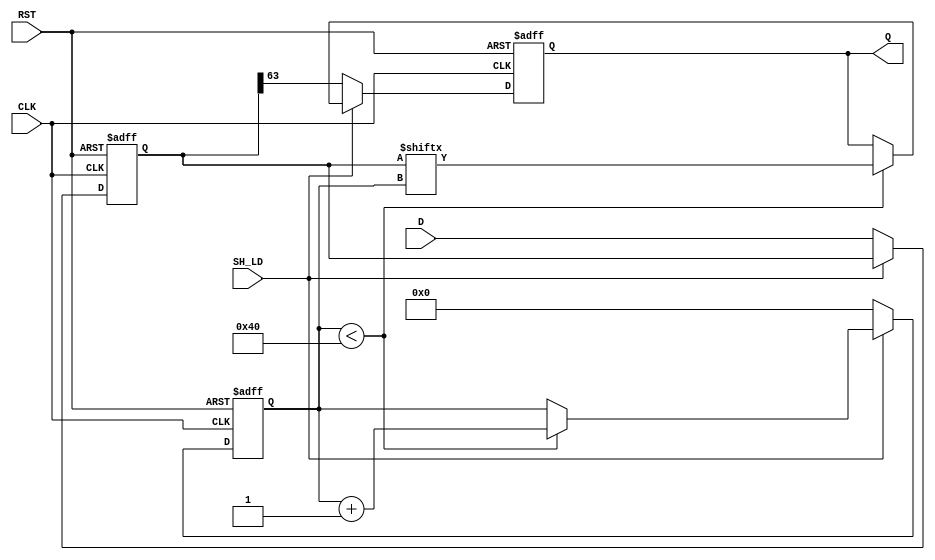
module piso_register (
    input wire [63:0] D,     // 64-bit parallel data input
    input wire SH_LD,        // Shift/Load control signal (active low for load)
    input wire CLK,          // Clock signal
    input wire RST,          // Asynchronous reset (optional)
    output reg Q            // Serial output
);

    reg [63:0] shift_reg;    // Internal shift register
    reg [5:0] bit_count;     // Counter to track the number of bits shifted out

    // Asynchronous reset and control logic
    always @(posedge CLK or posedge RST) begin
        if (RST) begin
            shift_reg <= 64'b0; // Clear shift register on reset
            Q <= 1'b0;          // Initialize serial output
            bit_count <= 6'b0;  // Reset bit counter
        end else begin
            if (!SH_LD) begin     // Load mode (active low)
                shift_reg <= D;   // Load data into the shift register
                bit_count <= 6'b0; // Reset bit count
                Q <= shift_reg[63]; // Output the MSB
            end else begin        // Shift mode
                if (bit_count < 64) begin
                    Q <= shift_reg[bit_count]; // Shift and output the current MSB
                    bit_count <= bit_count + 1; // Increment bit counter
                end
            end
        end
    end

endmodule